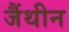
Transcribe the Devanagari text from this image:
जैंथीन